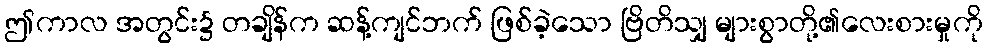
ဤကာလ အတွင်း၌ တချိန်က ဆန့်ကျင်ဘက် ဖြစ်ခဲ့သော ဗြိတိသျှ များစွာတို့၏လေးစားမှုကို